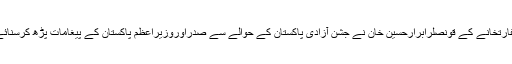
سفارتخانے کے قونصلرابرارحسین خان نے جشن آزادی پاکستان کے حوالے سے صدراوروزیراعظم پاکستان کے پیغامات پڑھ کرسنائے۔